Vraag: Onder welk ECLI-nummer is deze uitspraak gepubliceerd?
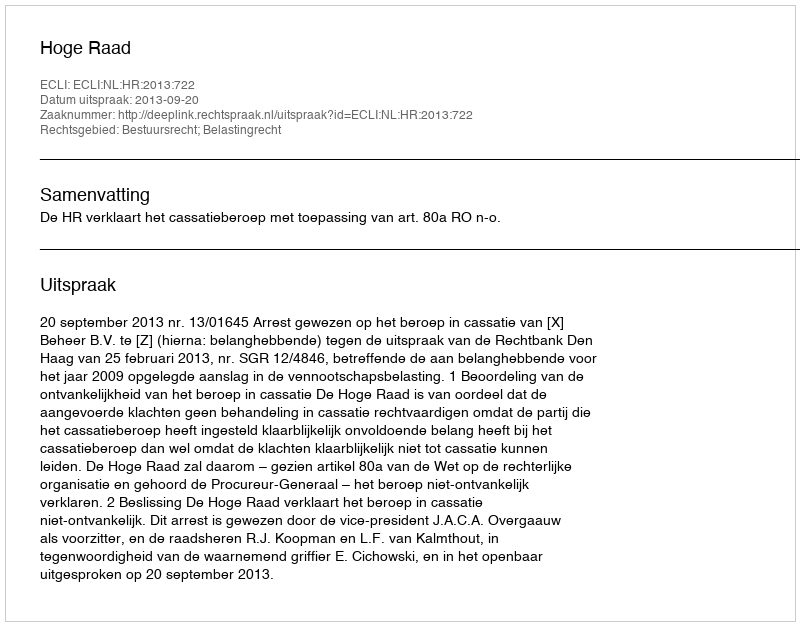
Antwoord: ECLI:NL:HR:2013:722